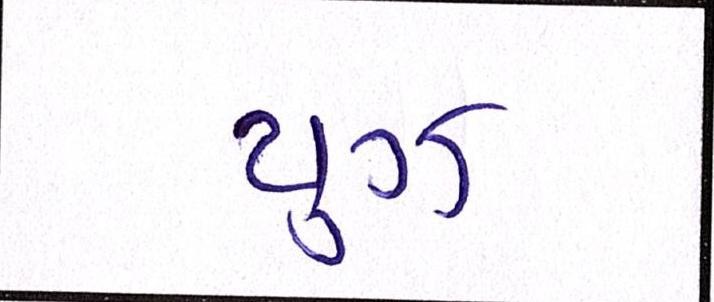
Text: યુઝ